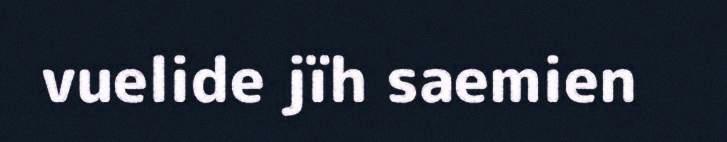
vuelide jïh saemien